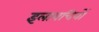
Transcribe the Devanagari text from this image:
इलायचियों